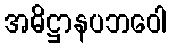
အဓိဋ္ဌာနပဘဝေါ